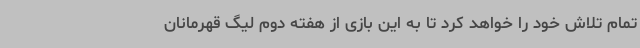
تمام تلاش خود را خواهد کرد تا به این بازی از هفته دوم لیگ قهرمانان